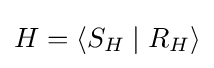
H=\langle S_{H}\mid R_{H}\rangle